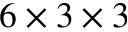
6 \times 3 \times 3